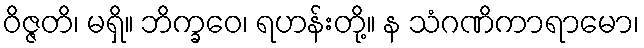
ဝိဇ္ဇတိ၊ မရှိ။ ဘိက္ခဝေ၊ ရဟန်းတို့။ န သံဂဏိကာရာမော၊